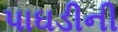
પાઘડીની